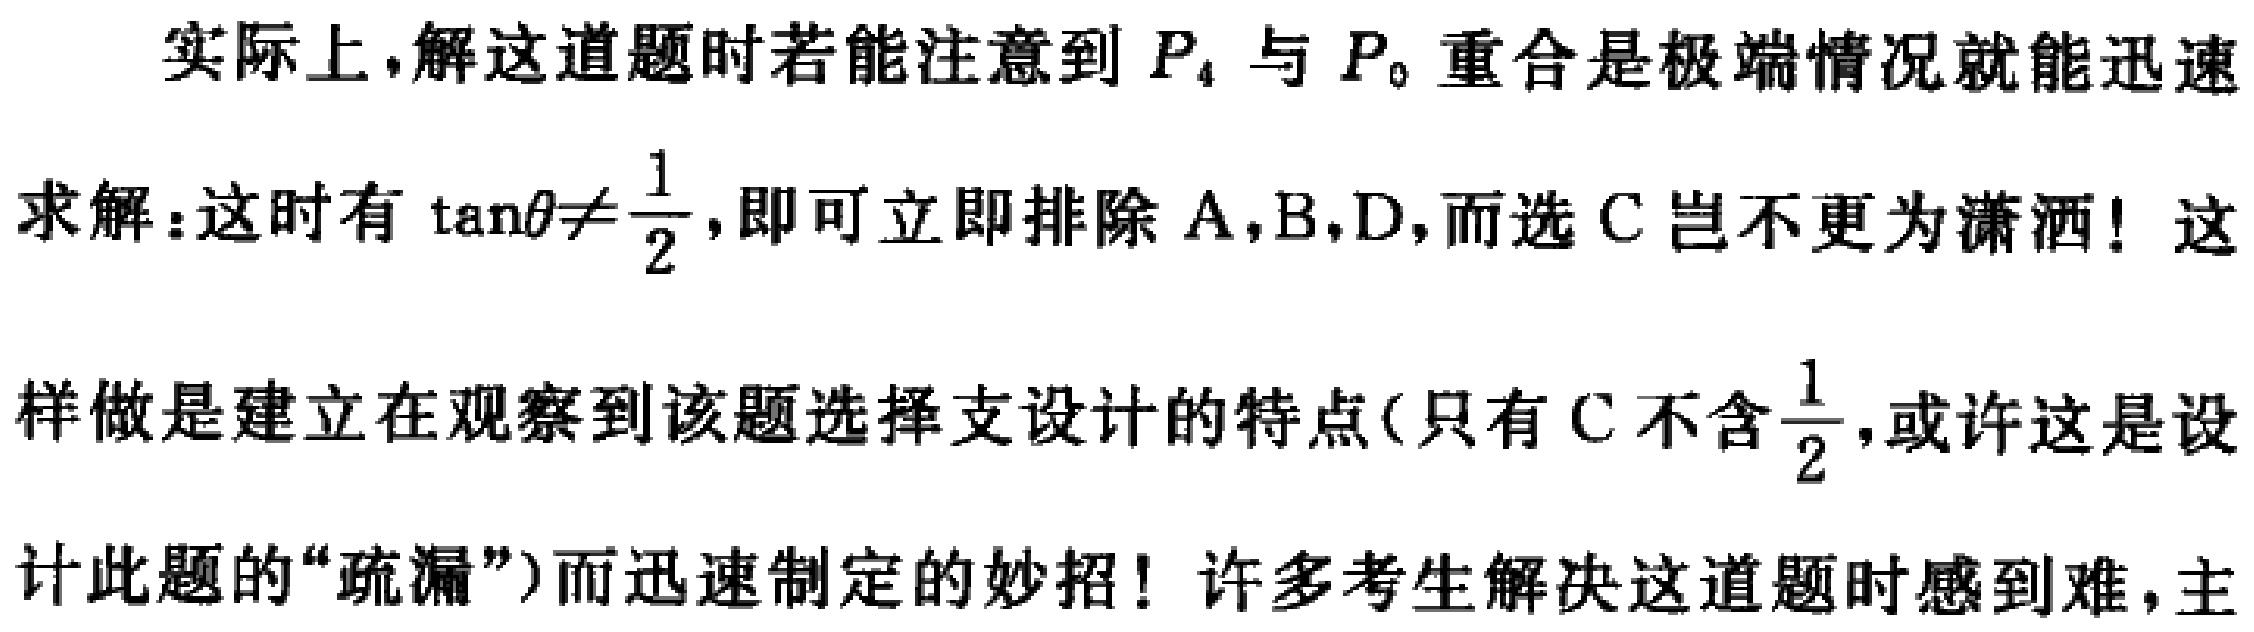
实际上，解这道题时若能注意到 \(P_{4}\) 与 \(P_{0}\) 重合是极端情况就能迅速
求解：这时有 \(\tan\theta\neq\frac{1}{2}\)，即可立即排除A，B，D，而选C岂不更为潇洒！这
样做是建立在观察到该题选择支设计的特点(只有C不含\(\frac{1}{2}\)，或许这是设
计此题的“疏漏”)而迅速制定的妙招！许多考生解决这道题时感到难，主